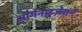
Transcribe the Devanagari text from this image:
और्गनाइज़ेशन